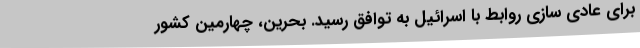
برای عادی سازی روابط با اسرائیل به توافق رسید. بحرین، چهارمین کشور